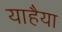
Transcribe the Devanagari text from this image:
याहैया